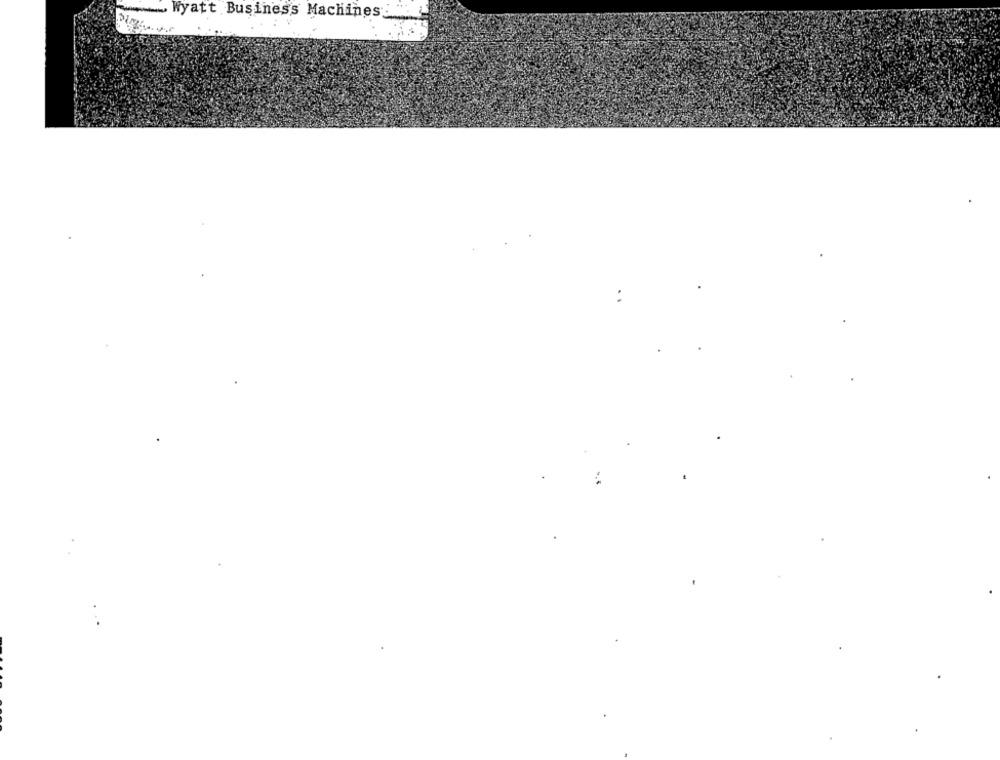
Wyatt Business Machines